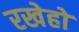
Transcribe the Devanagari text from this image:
रखेहों